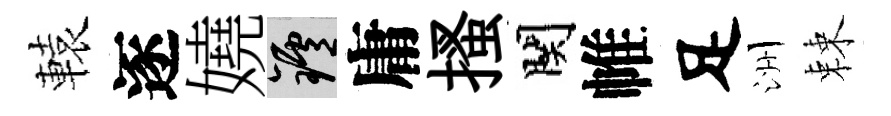
轅逐嬈爐庸搔関帷足洲棘